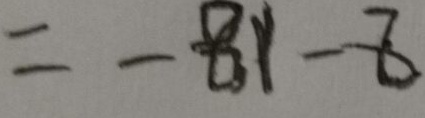
= - 8 1 - 8